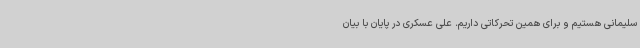
سلیمانی هستیم و برای همین تحرکاتی داریم. علی عسکری در پایان با بیان